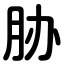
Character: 胁